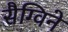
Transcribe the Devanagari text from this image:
सैग्विने